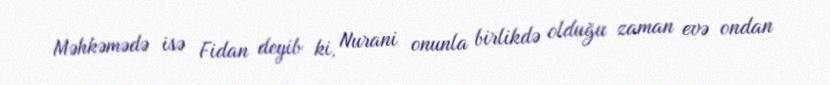
Məhkəmədə isə Fidan deyib ki, Nurani onunla birlikdə olduğu zaman evə ondan